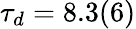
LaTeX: \tau_{d}=8.3(6)